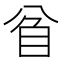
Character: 𥄘